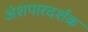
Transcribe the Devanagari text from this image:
अंशपारदर्शक